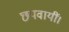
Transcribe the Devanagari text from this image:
छपवायीं।